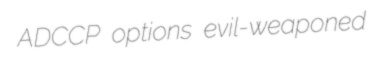
ADCCP options evil-weaponed